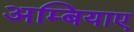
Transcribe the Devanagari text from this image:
अम्बियाए